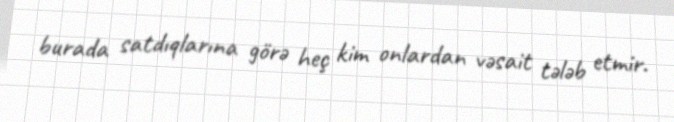
burada satdıqlarına görə heç kim onlardan vəsait tələb etmir.